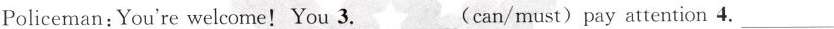
Policeman:You're welcome! You 3.___(can/must) pay attention 4.___